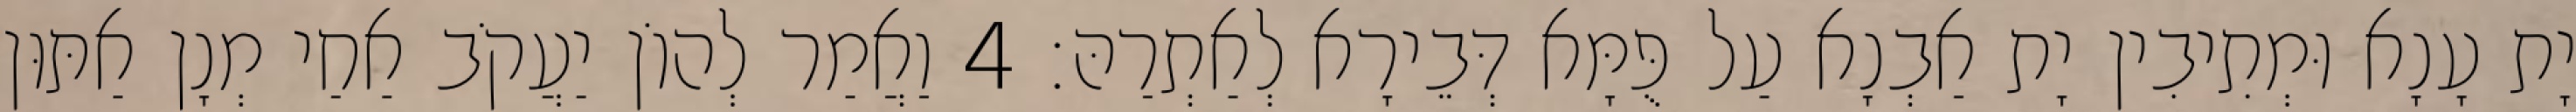
יָת עָנָא וּמְתִיבִין יָת אַבְנָא עַל פֻּמָּא דְּבֵירָא לְאַתְרַהּ׃ 4 וַאֲמַר לְהוֹן יַעֲקֹב אַחַי מְנָן אַתּוּן